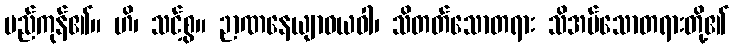
မည်ကုန်၏။ ဟိ၊ သင့်စွ။ ဉာဏနေယျာဝယဝါ၊ သိတတ်သောတရား သိအပ်သောတရားတို့၏